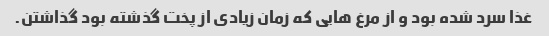
غذا سرد شده بود و از مرغ هایی که زمان زیادی از پخت گذشته بود گذاشتن.